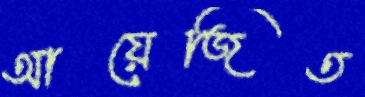
আয়েজিত